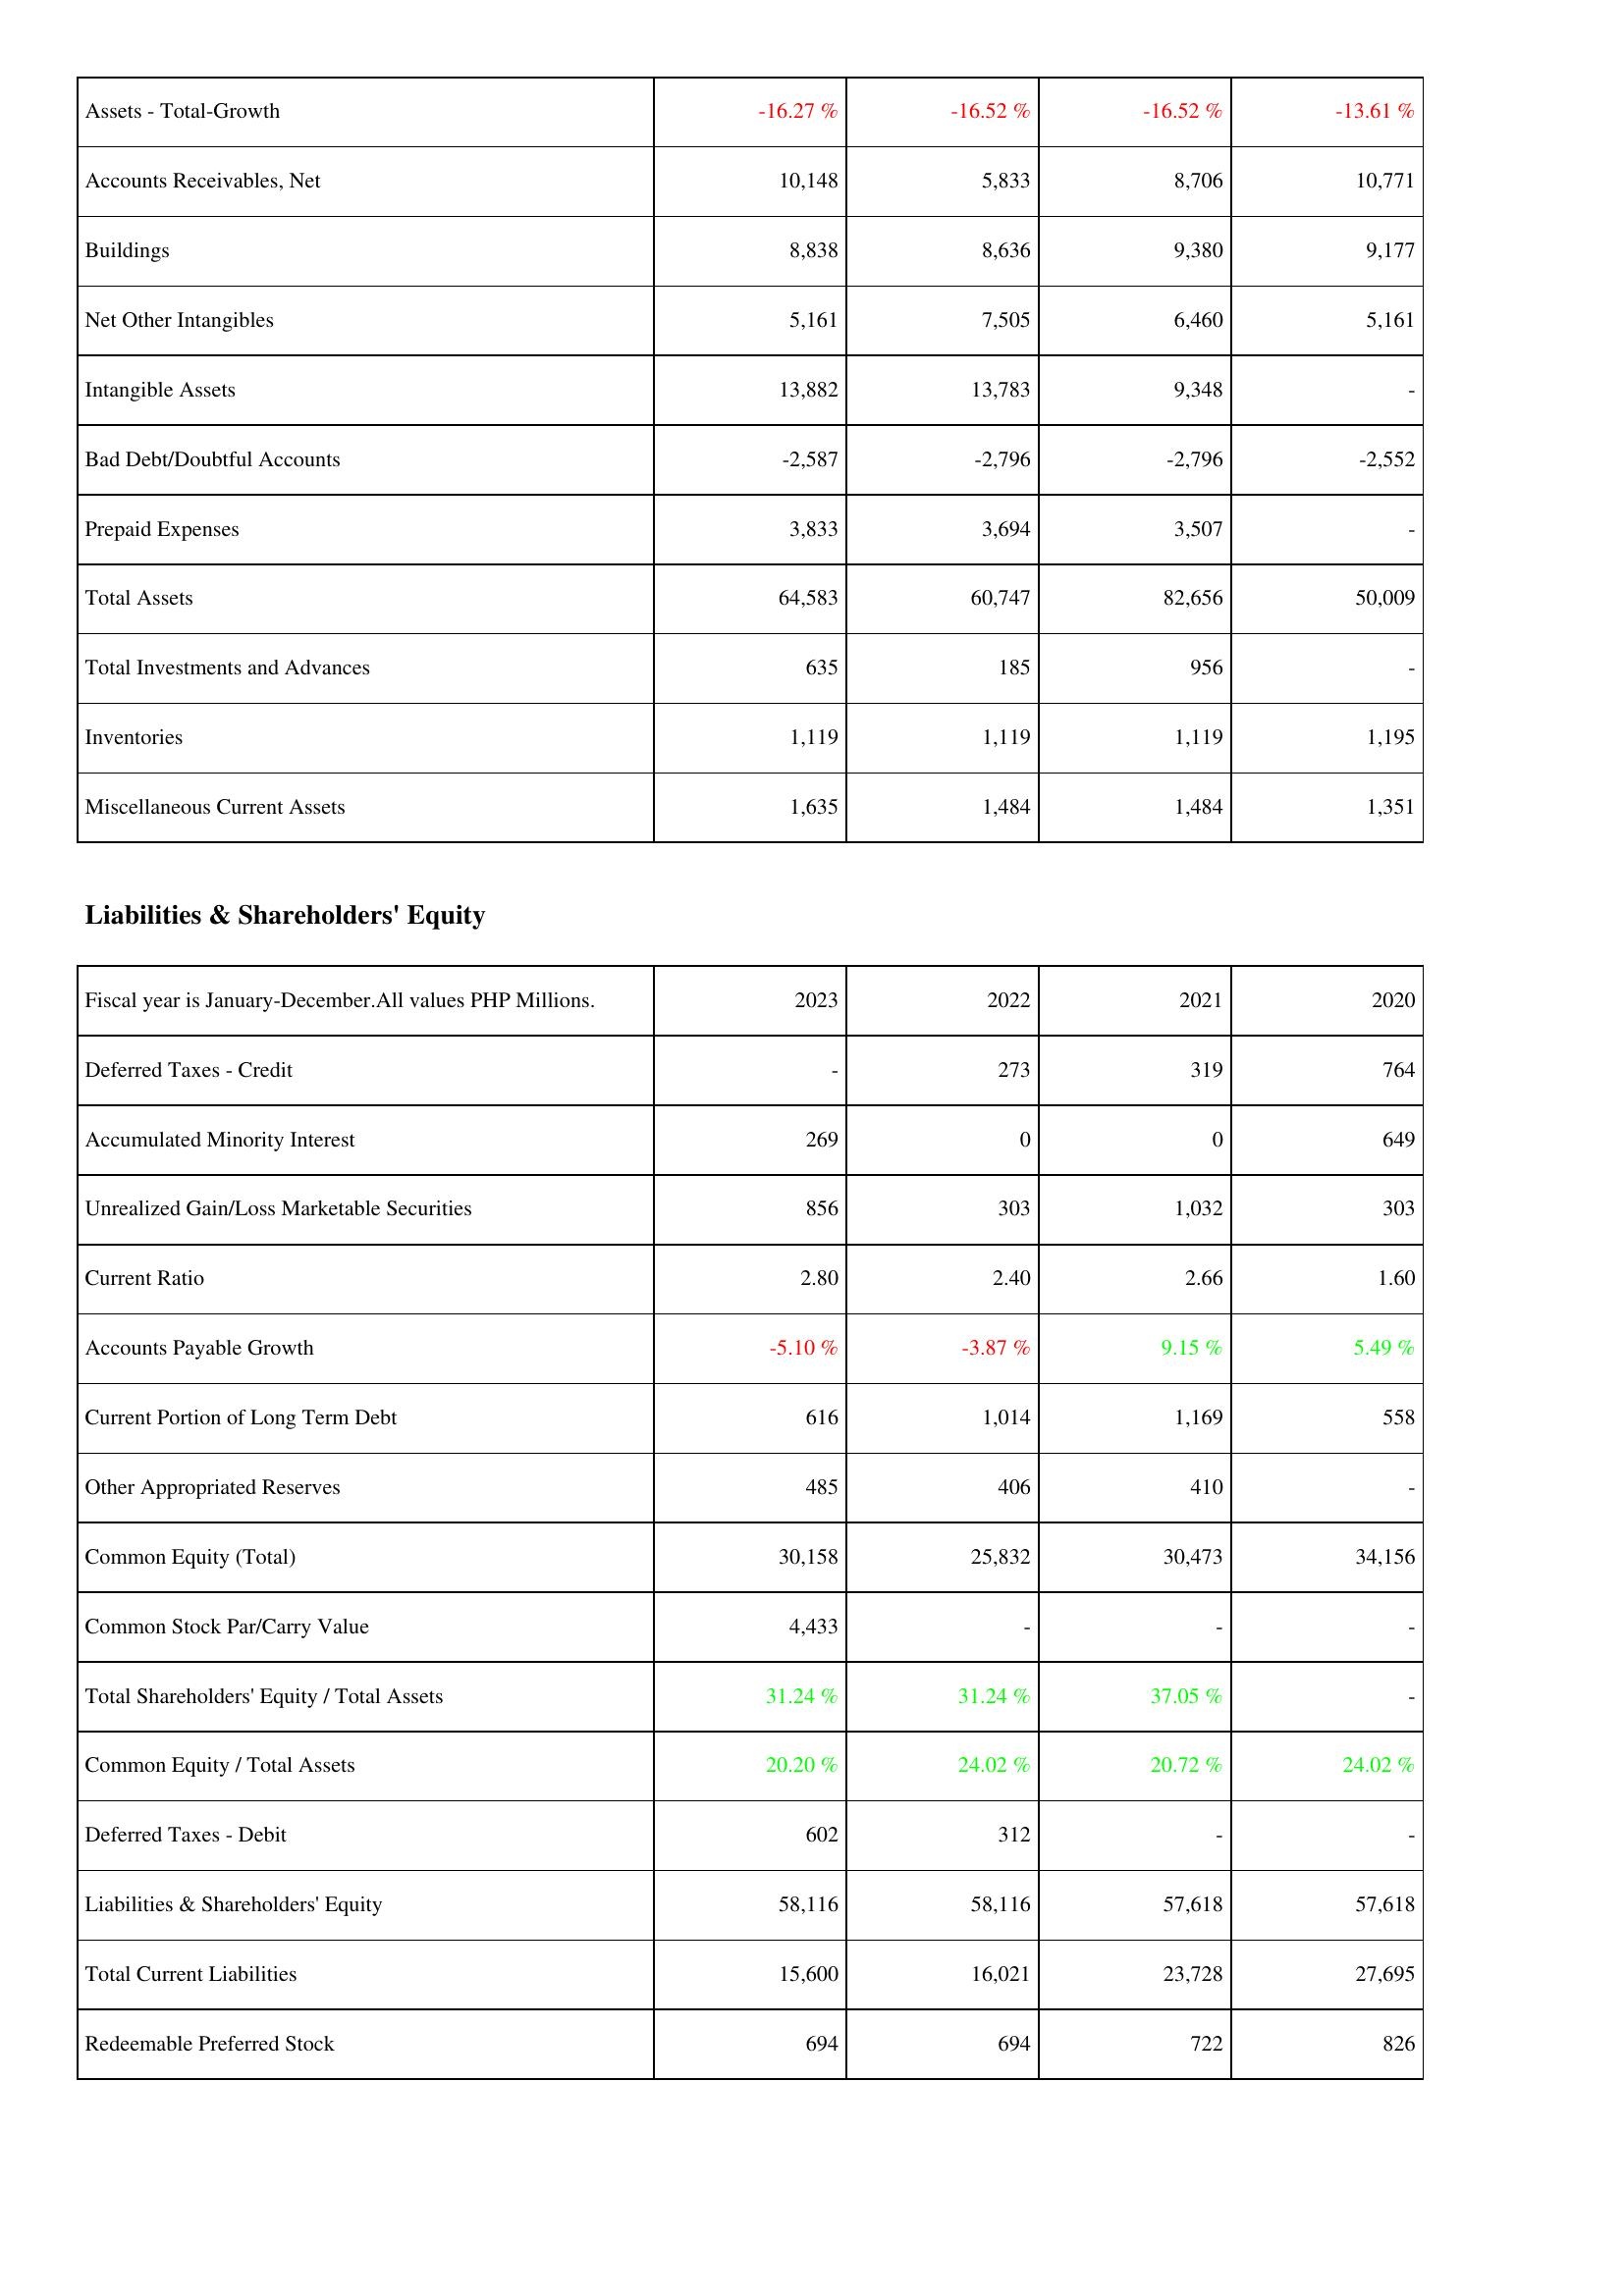
2023: Assets: Assets - Total-Growth: -16.27 %
Accounts Receivables, Net: 10,148
Buildings: 8,838
Net Other Intangibles: 5,161
Intangible Assets: 13,882
Bad Debt/Doubtful Accounts: -2,587
Prepaid Expenses: 3,833
Total Assets: 64,583
Total Investments and Advances: 635
Inventories: 1,119
Miscellaneous Current Assets: 1,635
Liabilities & Shareholders' Equity: Deferred Taxes - Credit: -
Accumulated Minority Interest: 269
Unrealized Gain/Loss Marketable Securities: 856
Current Ratio: 2.80
Accounts Payable Growth: -5.10 %
Current Portion of Long Term Debt: 616
Other Appropriated Reserves: 485
Common Equity (Total): 30,158
Common Stock Par/Carry Value: 4,433
Total Shareholders' Equity / Total Assets: 31.24 %
Common Equity / Total Assets: 20.20 %
Deferred Taxes - Debit: 602
Liabilities & Shareholders' Equity: 58,116
Total Current Liabilities: 15,600
Redeemable Preferred Stock: 694
2022: Assets: Assets - Total-Growth: -16.52 %
Accounts Receivables, Net: 5,833
Buildings: 8,636
Net Other Intangibles: 7,505
Intangible Assets: 13,783
Bad Debt/Doubtful Accounts: -2,796
Prepaid Expenses: 3,694
Total Assets: 60,747
Total Investments and Advances: 185
Inventories: 1,119
Miscellaneous Current Assets: 1,484
Liabilities & Shareholders' Equity: Deferred Taxes - Credit: 273
Accumulated Minority Interest: 0
Unrealized Gain/Loss Marketable Securities: 303
Current Ratio: 2.40
Accounts Payable Growth: -3.87 %
Current Portion of Long Term Debt: 1,014
Other Appropriated Reserves: 406
Common Equity (Total): 25,832
Common Stock Par/Carry Value: -
Total Shareholders' Equity / Total Assets: 31.24 %
Common Equity / Total Assets: 24.02 %
Deferred Taxes - Debit: 312
Liabilities & Shareholders' Equity: 58,116
Total Current Liabilities: 16,021
Redeemable Preferred Stock: 694
2021: Assets: Assets - Total-Growth: -16.52 %
Accounts Receivables, Net: 8,706
Buildings: 9,380
Net Other Intangibles: 6,460
Intangible Assets: 9,348
Bad Debt/Doubtful Accounts: -2,796
Prepaid Expenses: 3,507
Total Assets: 82,656
Total Investments and Advances: 956
Inventories: 1,119
Miscellaneous Current Assets: 1,484
Liabilities & Shareholders' Equity: Deferred Taxes - Credit: 319
Accumulated Minority Interest: 0
Unrealized Gain/Loss Marketable Securities: 1,032
Current Ratio: 2.66
Accounts Payable Growth: 9.15 %
Current Portion of Long Term Debt: 1,169
Other Appropriated Reserves: 410
Common Equity (Total): 30,473
Common Stock Par/Carry Value: -
Total Shareholders' Equity / Total Assets: 37.05 %
Common Equity / Total Assets: 20.72 %
Deferred Taxes - Debit: -
Liabilities & Shareholders' Equity: 57,618
Total Current Liabilities: 23,728
Redeemable Preferred Stock: 722
2020: Assets: Assets - Total-Growth: -13.61 %
Accounts Receivables, Net: 10,771
Buildings: 9,177
Net Other Intangibles: 5,161
Intangible Assets: -
Bad Debt/Doubtful Accounts: -2,552
Prepaid Expenses: -
Total Assets: 50,009
Total Investments and Advances: -
Inventories: 1,195
Miscellaneous Current Assets: 1,351
Liabilities & Shareholders' Equity: Deferred Taxes - Credit: 764
Accumulated Minority Interest: 649
Unrealized Gain/Loss Marketable Securities: 303
Current Ratio: 1.60
Accounts Payable Growth: 5.49 %
Current Portion of Long Term Debt: 558
Other Appropriated Reserves: -
Common Equity (Total): 34,156
Common Stock Par/Carry Value: -
Total Shareholders' Equity / Total Assets: -
Common Equity / Total Assets: 24.02 %
Deferred Taxes - Debit: -
Liabilities & Shareholders' Equity: 57,618
Total Current Liabilities: 27,695
Redeemable Preferred Stock: 826